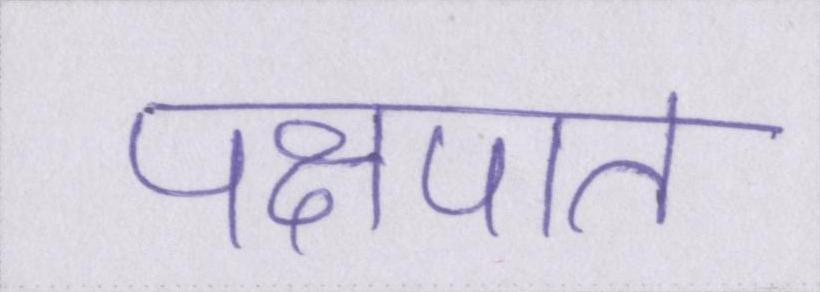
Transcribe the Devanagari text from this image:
पक्षपात